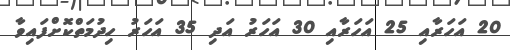
20 އަހަރާއި 25 އަހަރާއި 30 އަހަރު އަދި 35 އަހަރު ހިދުމަތްކޮށްފައިވާ